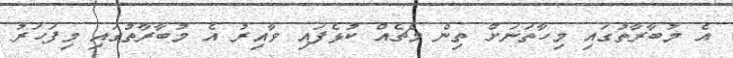
އެ މުބާރާތުގައި މިހާތަނަށް ތިން މެޗެއް ކުޅެފައި ވާއިރު އެ މުބާރާތުގައި މިފަހަރު